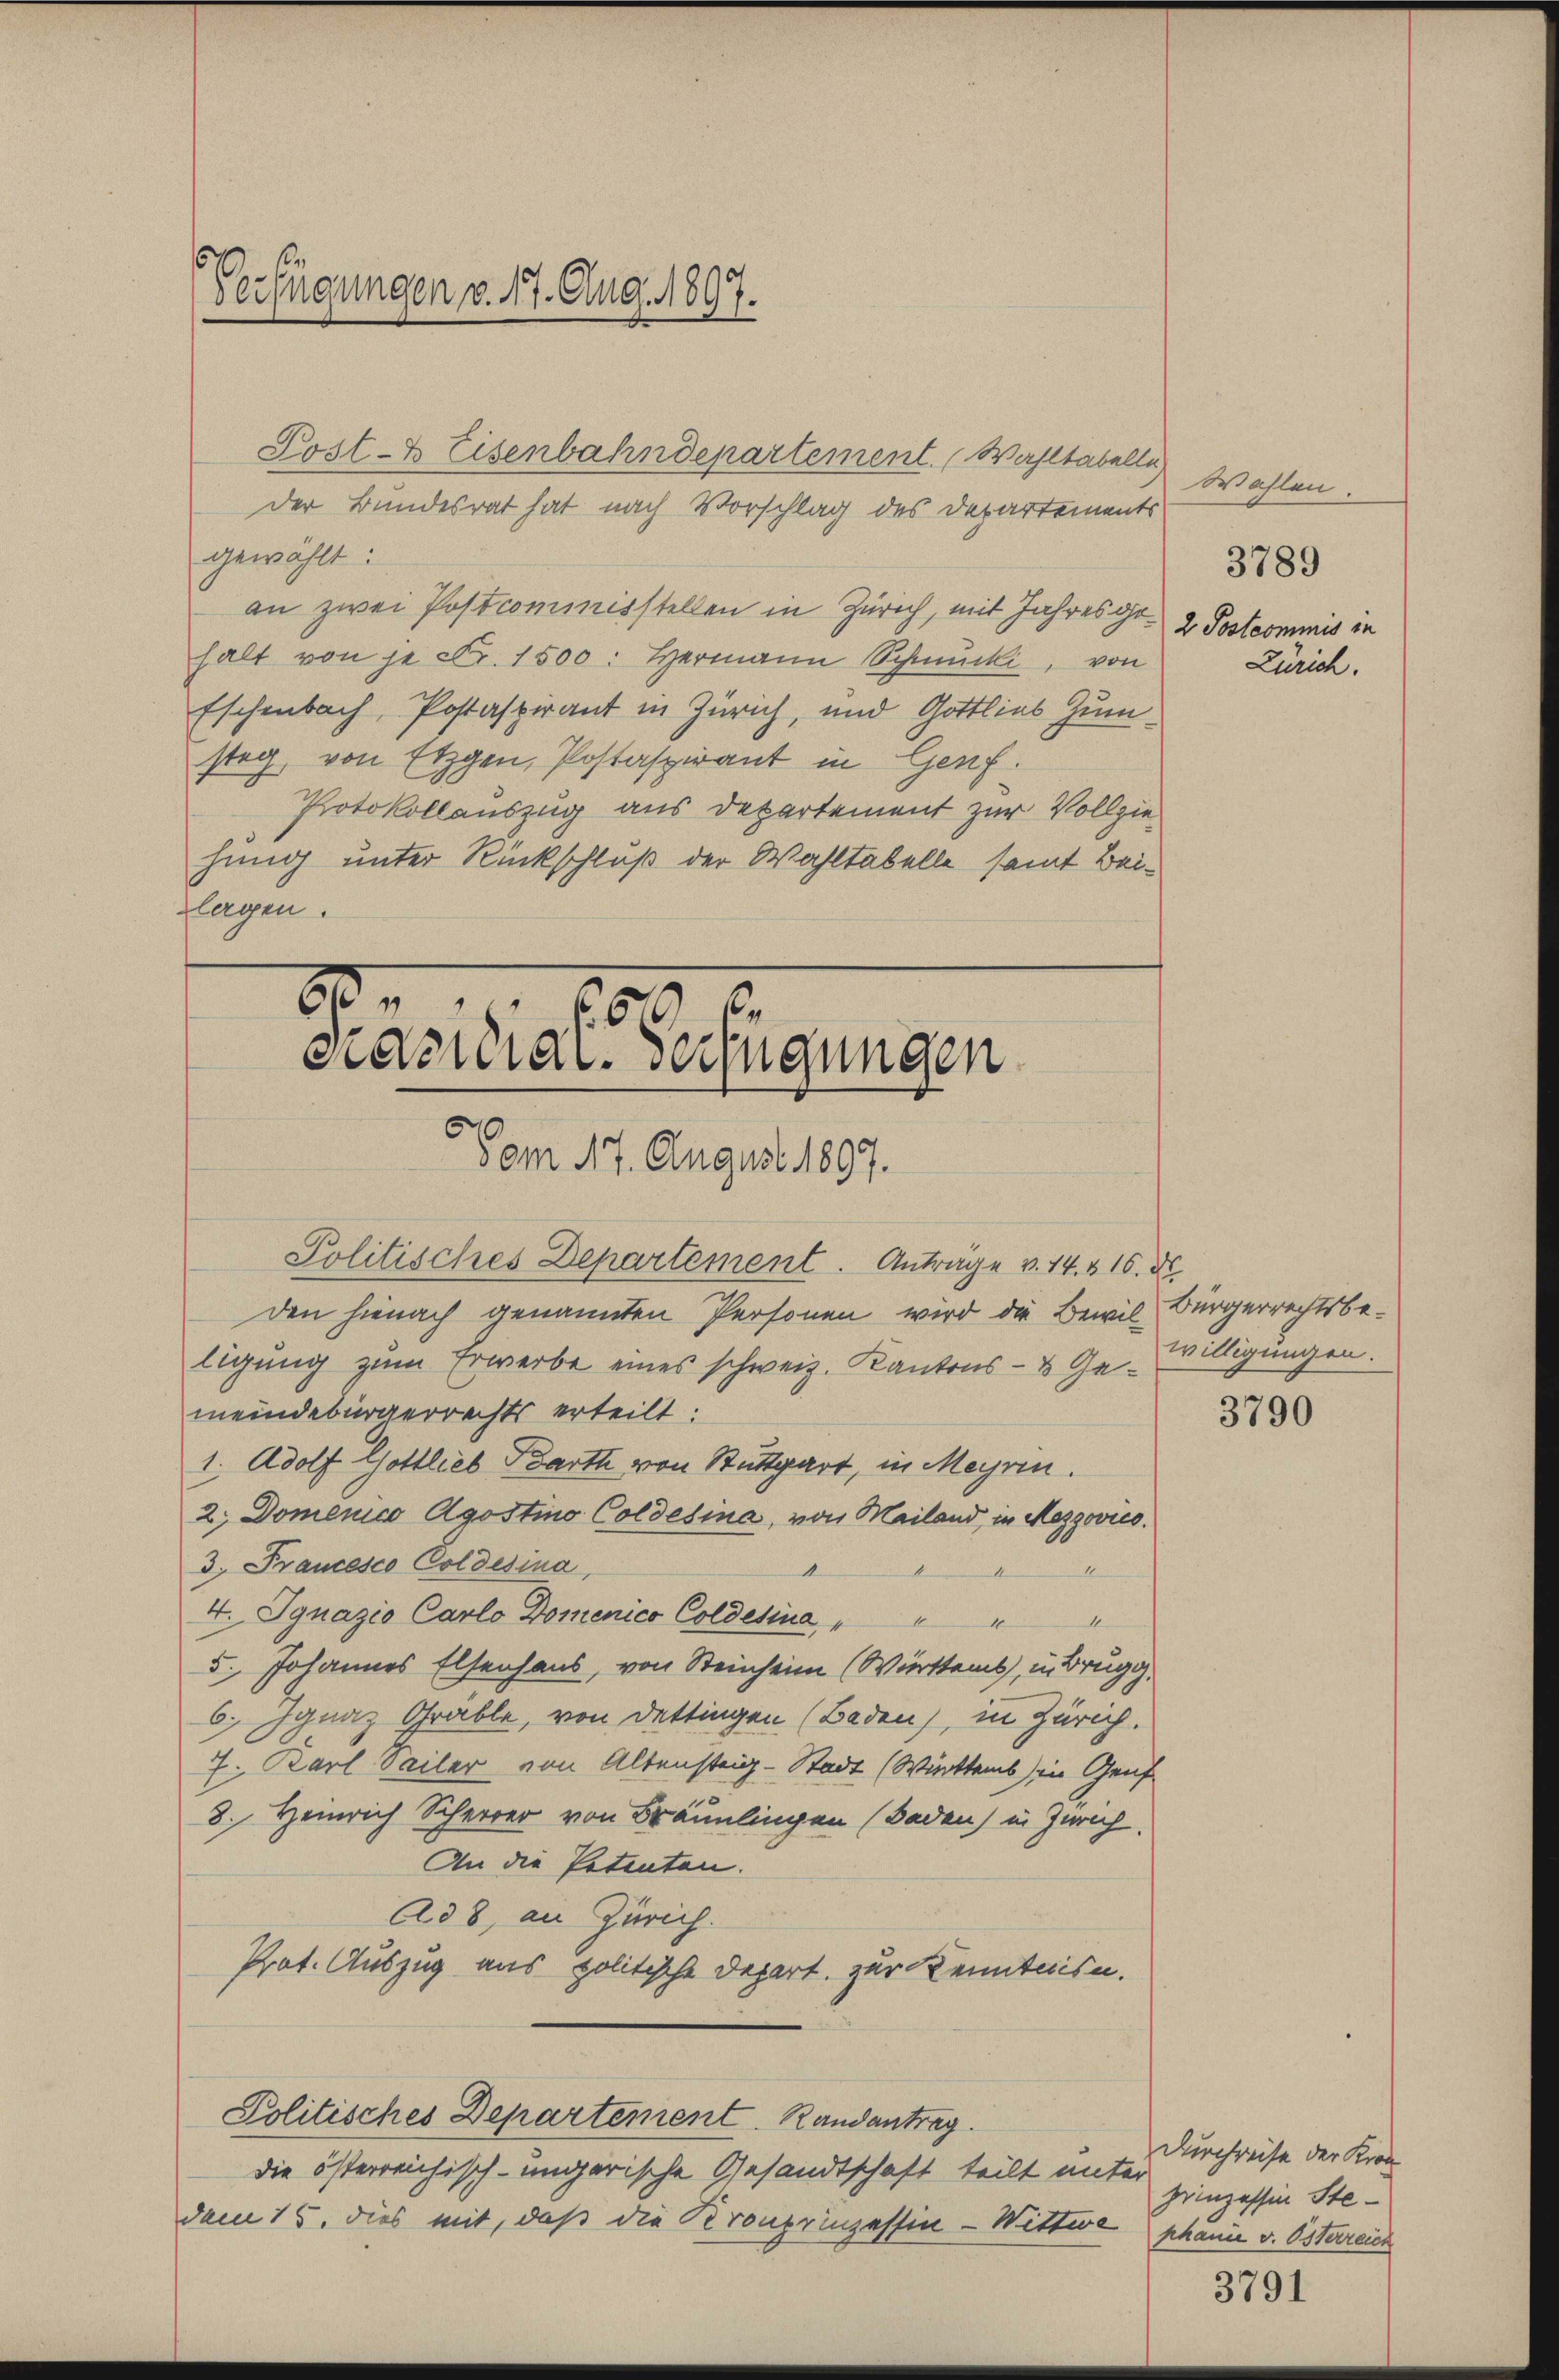
Verfügungen v. 17. Aug. 1897.

Post- & Eisenbahndepartement. Wahltabelle
Der Bundesrat hat nach Vorschlag des Departements
gewählt:
an zwei Postcominisstellen in Zürich, mit Jahres Gr. 2 Postcommis in
halt von je Fr. 1500: Hermann Schmucki, von
Eschenbach, Postaspirant in Zürich, und Gottlins Zumsteg, von Etzgen, Postaspirant in Genf.
Protokollauszug aus Departement zur Vollziehung unter Rückschluß der Wahltabelle samt Beilagen.

e
659 f.
Präsidial-Verfügungen
Vom 17. August 1897.

Politisches Departement. Anträge v. 14. 416. d.
den hienach genannten Personen wird die Bewil-Bürgerrechtsbeligung zum Erwerbe eines schweiz. Kantons- & Gemeindebürgerrechts erteilt:
1. Adolf Gottlieb Barth von Stuttgart, in Meyrin.
2. Domenico Agostino Coldesina, von Mailand, in Mezzovico.
3. Francesco Coldesina,
A
1
4. Ignazio Carlo Domenico Coldetina
5. Johannes Elsenhaus, von Steinheim (Württems, in Brugg,
6. Ignaz Grable, von Dettingen (Baden), in Zürich.
7. Karl Seiler von Altensteig-Stadt (Winters in Genf
8. Heinrich Scherer von Bräunlingen (Baden) in Zürich.
An die Petenten.
Ad 8, an Zürich.
Prot. Auszug aus politische Depart. zur Kenntnisn
Politisches Departement. Randantrag
die österreichisch-ungarische Gesandtschaft teilt unter
dem 15. dies mit, daß die Kronprinzessin - Wittwe phanie v. Österreich

Wahlen.
Zürich.

3789

willigungen.

3790

3791

Durchreise der Kron
prinzessin Ste¬